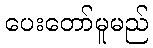
ပေးတော်မူမည်